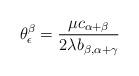
LaTeX: \begin{align*}\theta^\beta_\epsilon = \frac{\mu c_{\alpha + \beta}}{2\lambda b_{\beta, \alpha+ \gamma}}\end{align*}